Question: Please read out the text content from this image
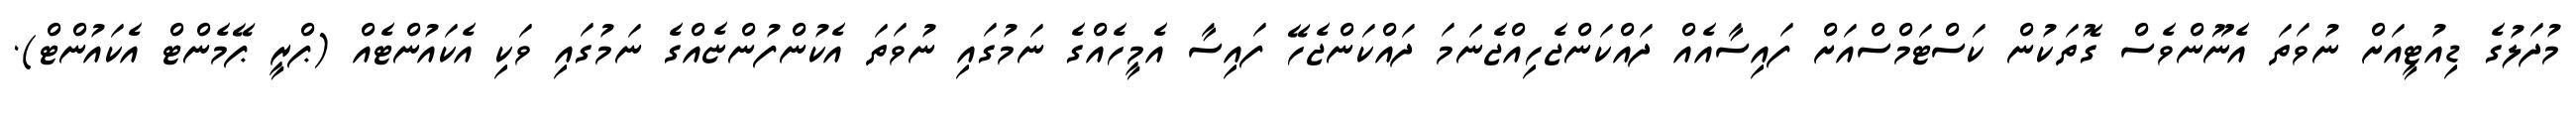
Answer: މުދަލުގެ ޑިއުޓީއަށް ނުވަތަ އެނޫންވެސް ގޮތަކުން ކަސްޓަމްސްއަށް ފައިސާއެއް ދައްކަންޖެހިއްޖެނަމަ ދައްކަންޖެހޭ ފައިސާ އެމީހެއްގެ ނަމުގައި ނުވަތަ އެކުންފުންޏެއްގެ ނަމުގައި ވަކި އެކައުންޓެއް (ޕްރީ ޕޭމެންޓް އެކައުންޓް).